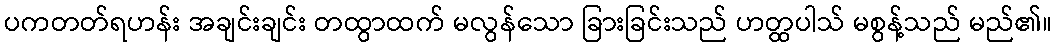
ပကတတ်ရဟန်း အချင်းချင်း တထွာထက် မလွန်သော ခြားခြင်းသည် ဟတ္ထပါသ် မစွန့်သည် မည်၏။